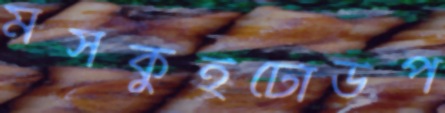
মসকুইটোউপ